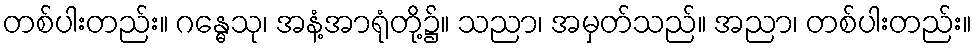
တစ်ပါးတည်း။ ဂန္ဓေသု၊ အနံ့အာရုံတို့၌။ သညာ၊ အမှတ်သည်။ အညာ၊ တစ်ပါးတည်း။